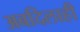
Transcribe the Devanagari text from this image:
अबदिलाही